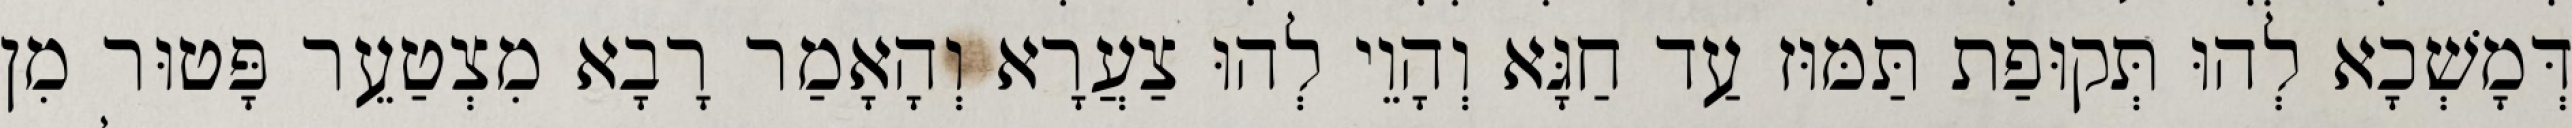
דְּמָשְׁכָא לְהוּ תְּקוּפַת תַּמּוּז עַד חַגָּא וְהָוֵי לְהוּ צַעֲרָא וְהָאָמַר רָבָא מִצְטַעֵר פָּטוּר מִן